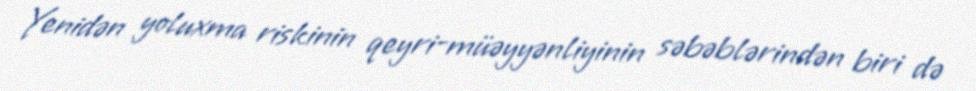
Yenidən yoluxma riskinin qeyri-müəyyənliyinin səbəblərindən biri də